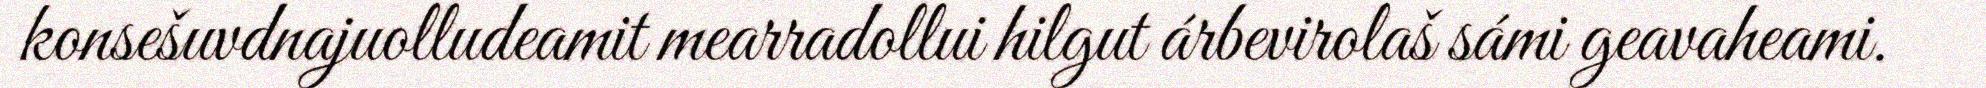
konsešuvdnajuolludeamit mearradollui hilgut árbevirolaš sámi geavaheami.